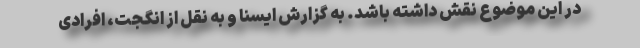
در این موضوع نقش داشته باشد. به گزارش ایسنا و به نقل از انگجت، افرادی